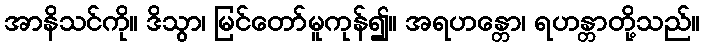
အာနိသင်ကို။ ဒိသွာ၊ မြင်တော်မူကုန်၍။ အရဟန္တော၊ ရဟန္တာတို့သည်။